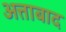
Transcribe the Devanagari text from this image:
अत्ताबाद